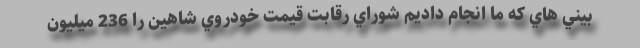
بيني هاي كه ما انجام داديم شوراي رقابت قيمت خودروي شاهين را 236 ميليون